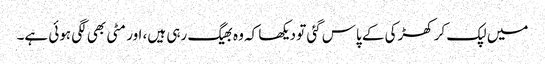
میں‌ لپک کر کھڑکی کے پاس گئی تو دیکھا کہ وہ بھیگ رہی ہیں، اور مٹی بھی لگی ہوئی ہے۔